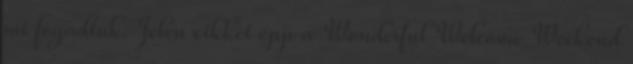
mi fogadtuk. Jelen cikket épp a Wonderful Welcome Weekend